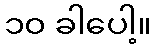
၁၀ ခါပေါ့။